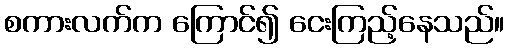
စကားလက်က ကြောင်၍ ငေးကြည့်နေသည်။